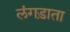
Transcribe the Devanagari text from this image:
लंगड़ाता